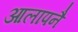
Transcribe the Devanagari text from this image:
आलापनै